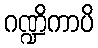
ဂဏ္ဍိကာပိ